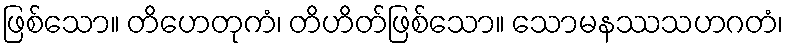
ဖြစ်သော။ တိဟေတုကံ၊ တိဟိတ်ဖြစ်သော။ သောမနဿသဟဂတံ၊